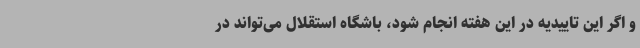
و اگر این تاییدیه در این هفته انجام شود، باشگاه استقلال می‌تواند در